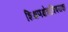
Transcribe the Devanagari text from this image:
शिक्षणक्षेत्राविषयक